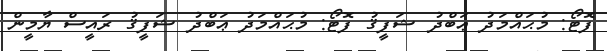
ފޮޓޯ: މުޙައްމަދު ޢަބްދު ޝަފީޤު ފޮޓޯ: މުޙައްމަދު ޢަބްދު ޝަފީޤު ރައީސް ޔާމީން